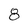
Character: 8